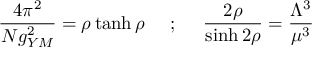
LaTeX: \frac { 4 \pi ^ { 2 } } { N g _ { Y M } ^ { 2 } } = \rho \operatorname { t a n h } \rho ~ ~ ~ ~ ; ~ ~ ~ ~ \frac { 2 \rho } { \sinh 2 \rho } = \frac { \Lambda ^ { 3 } } { \mu ^ { 3 } }